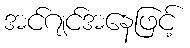
အင်ဂျင်အနေဖြင့်